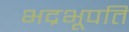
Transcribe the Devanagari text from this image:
भद्रभूपति